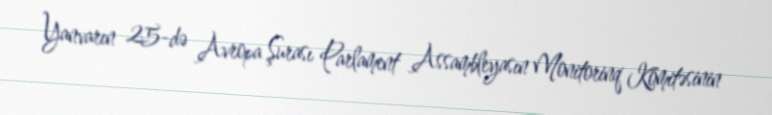
Yanvarın 25-də Avropa Şurası Parlament Assambleyasın Monitorinq Komitəsinin